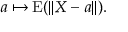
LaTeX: a \mapsto \operatorname { E } ( \| X - a \| ) .